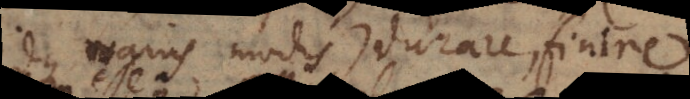
(idque variis modis), durare, finire.